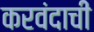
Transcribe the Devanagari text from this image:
करवंदाची